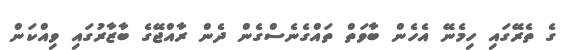
ގެ ތެރޭގައި ހިމެނޭ އެހެން ބާވަތް ތައްގެނެސްގެން ދެން ރާއްޖޭގެ ބާޒާރުގައި ވިއްކަން